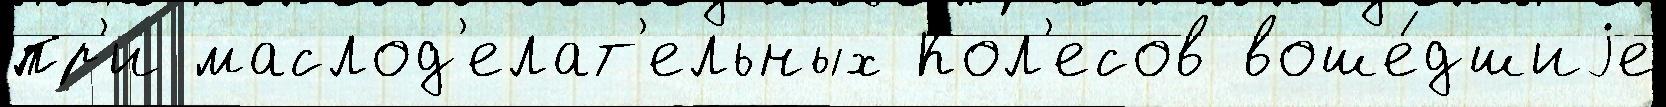
пр'и маслод'елат'ельных Кол'есов воше́дшиjе